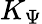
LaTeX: K_{\Psi}